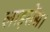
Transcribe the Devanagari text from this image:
लाइसेंस।